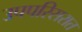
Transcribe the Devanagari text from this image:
उपपरिसरात